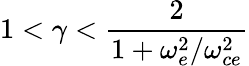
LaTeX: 1<\gamma<\frac{2}{1+\omega_{e}^{2}/\omega_{ce}^{2}}